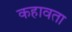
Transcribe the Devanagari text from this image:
कहावता